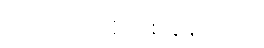
ဟယ်လို၊ အိတ်စ်ချိန်းလား။